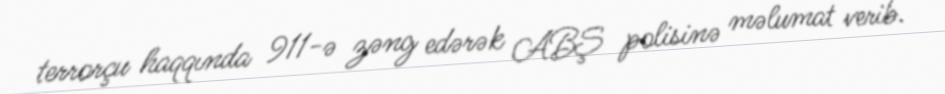
terrorçu haqqında 911-ə zəng edərək ABŞ polisinə məlumat verib.